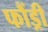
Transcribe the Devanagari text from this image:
फौंड्री